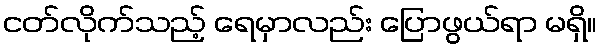
ငတ်လိုက်သည့် ရေမှာလည်း ပြောဖွယ်ရာ မရှိ။